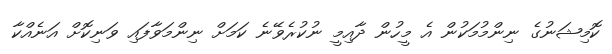
ކޮމިޝަނުގެ ނިންމުމަކުން އެ މީހުން ދާއިމީ ނުކުރެވޭނެ ކަމަށް ނިންމަވާފައި ވަނިކޮށް އަނެއްކާ